Indian Medical Review
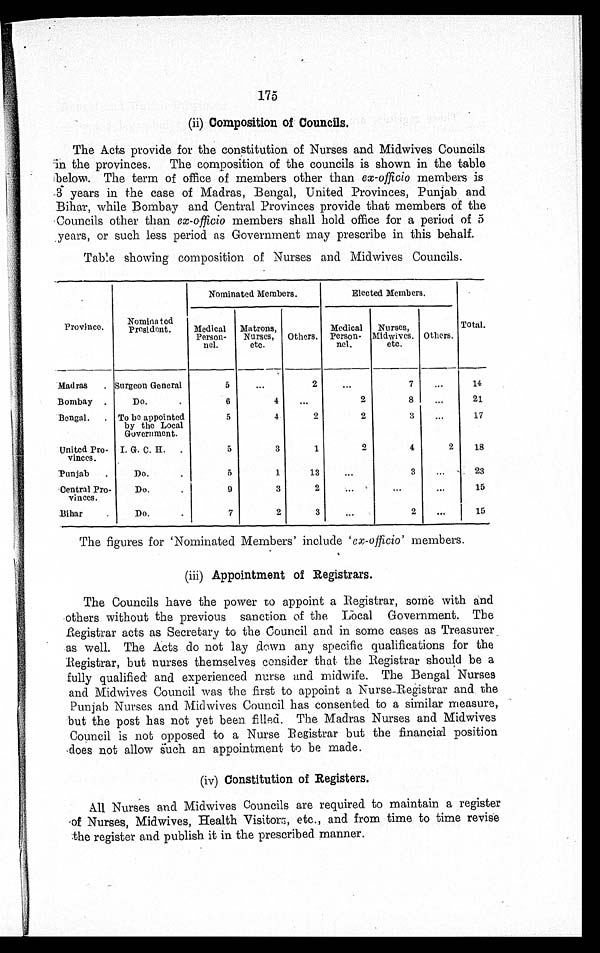
175
(ii) Composition of Councils.
The Acts provide for the constitution of Nurses and Midwives Councils
in the provinces. The composition of the councils is shown in the table
below. The term of office of members other than ex-officio members is
3 years in the case of Madras, Bengal, United Provinces, Punjab and
Bihar, while Bombay and Central Provinces provide that members of the
Councils other than ex-officio members shall hold office for a period of 5
years, or such less period as Government may prescribe in this behalf.
Table showing composition of Nurses and Midwives Councils.
Province.
Nominated
President.
Nominated Members.
Elected Members.
Total.
Medical
Person- nel.
Matrons,
Nurses,
etc.
Others.
Medical
Person-
nel.
Nurses,
Midwives. etc. Others.
Madras . . . Surgeon General
5
. . .
2
. . .
7
. . .
14
Bombay . . .
D o . . . .
6
4
. . .
2
8
. . .
21
Bengal . . . To be appointed
by the Local
Government.
5
4
2
2
3
. . .
17
United Pro-
vinces.
I. G. C. H.
5
3
1
2
4
2 18
Punjab . . .
Do.. . .
5
1
13
. . .
3
. . .
23
Central Pro-
vinces.
Do. . . .
9
3
2
. . .
. . .
. . .
15
Bihar. ..
D o . . . .
7
2
3
. . .
2
. . .
15
The figures for 'Nominated Members' include ' ex-officio' members.
(iii) Appointment of Registrars.
The Councils have the power to appoint a Registrar, some with and
others without the previous sanction of the Local Government. The
Registrar acts as Secretary to the Council and in some cases as Treasurer
as well. The Acts do not lay down any specific qualifications for the
Registrar, but nurses themselves consider that the Registrar should be a
fully qualified and experienced nurse and midwife. The Bengal Nurses
and Midwives Council was the first to appoint a Nurse-Registrar and the
Punjab Nurses and Midwives Council has consented to a similar measure,
but the post has not yet been filled. The Madras Nurses and Midwives
Council is not opposed to a Nurse Registrar but the financial position
does not allow such an appointment to be made.
(iv) Constitution of Registers.
All Nurses and Midwives Councils are required to maintain a register
of Nurses, Midwives, Health Visitors, etc., and from time to time revise
the register and publish it in the prescribed manner.